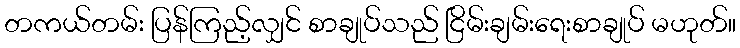
တကယ်တမ်း ပြန်ကြည့်လျှင် စာချုပ်သည် ငြိမ်းချမ်းရေးစာချုပ် မဟုတ်။